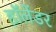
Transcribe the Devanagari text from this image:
हॉलेंडर